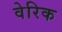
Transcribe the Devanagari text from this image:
वेरिक